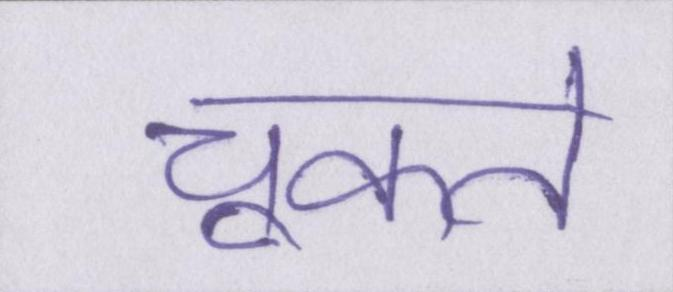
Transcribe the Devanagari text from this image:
चूकते